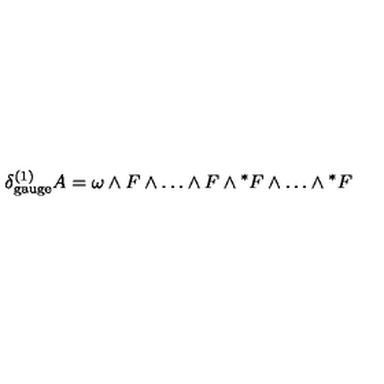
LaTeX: \delta _ { \mathrm { g a u g e } } ^ { ( 1 ) } A = \omega \wedge F \wedge \dots \wedge F \wedge { ^ * F } \wedge \dots \wedge { ^ * F }